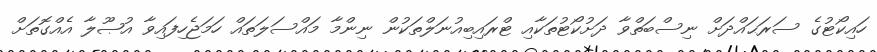
ހައިކޯޓުގެ ސަރަޙައްދަށް ނިސްބަތްވާ ދަށުކޯޓުތަކާއި ޓްރައިބިއުނަލްތަކުން ނިންމާ މައްސަލަތައް ހަމަޖެހިފައިވާ އުޞޫލާ އެއްގޮތަށް